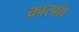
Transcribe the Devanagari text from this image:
कारपॉव